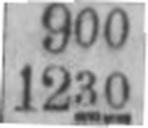
1230